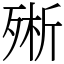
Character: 㱤